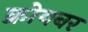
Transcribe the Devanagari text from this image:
क्रोयबर